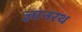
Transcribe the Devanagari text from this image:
ज्ञानरथ